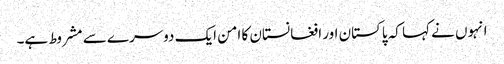
انہوں نے کہا کہ پاکستان اور افغانستان کا امن ایک دوسرے سے مشروط ہے۔